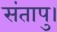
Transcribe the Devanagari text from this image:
संतापु।